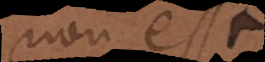
non est.